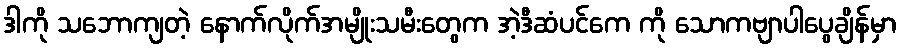
ဒါကို သဘောကျတဲ့ နောက်လိုက်အမျိုးသမီးတွေက အဲ့ဒီဆံပင်ကေ ကို သောကဗျာပါပွေချိန်မှာ